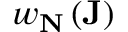
w _ { \mathbf { N } } \left( \mathbf { J } \right)